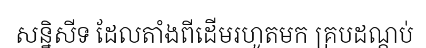
សន្និសីទ ដែលតាំងពីដើមរហូតមក គ្របដណ្តប់